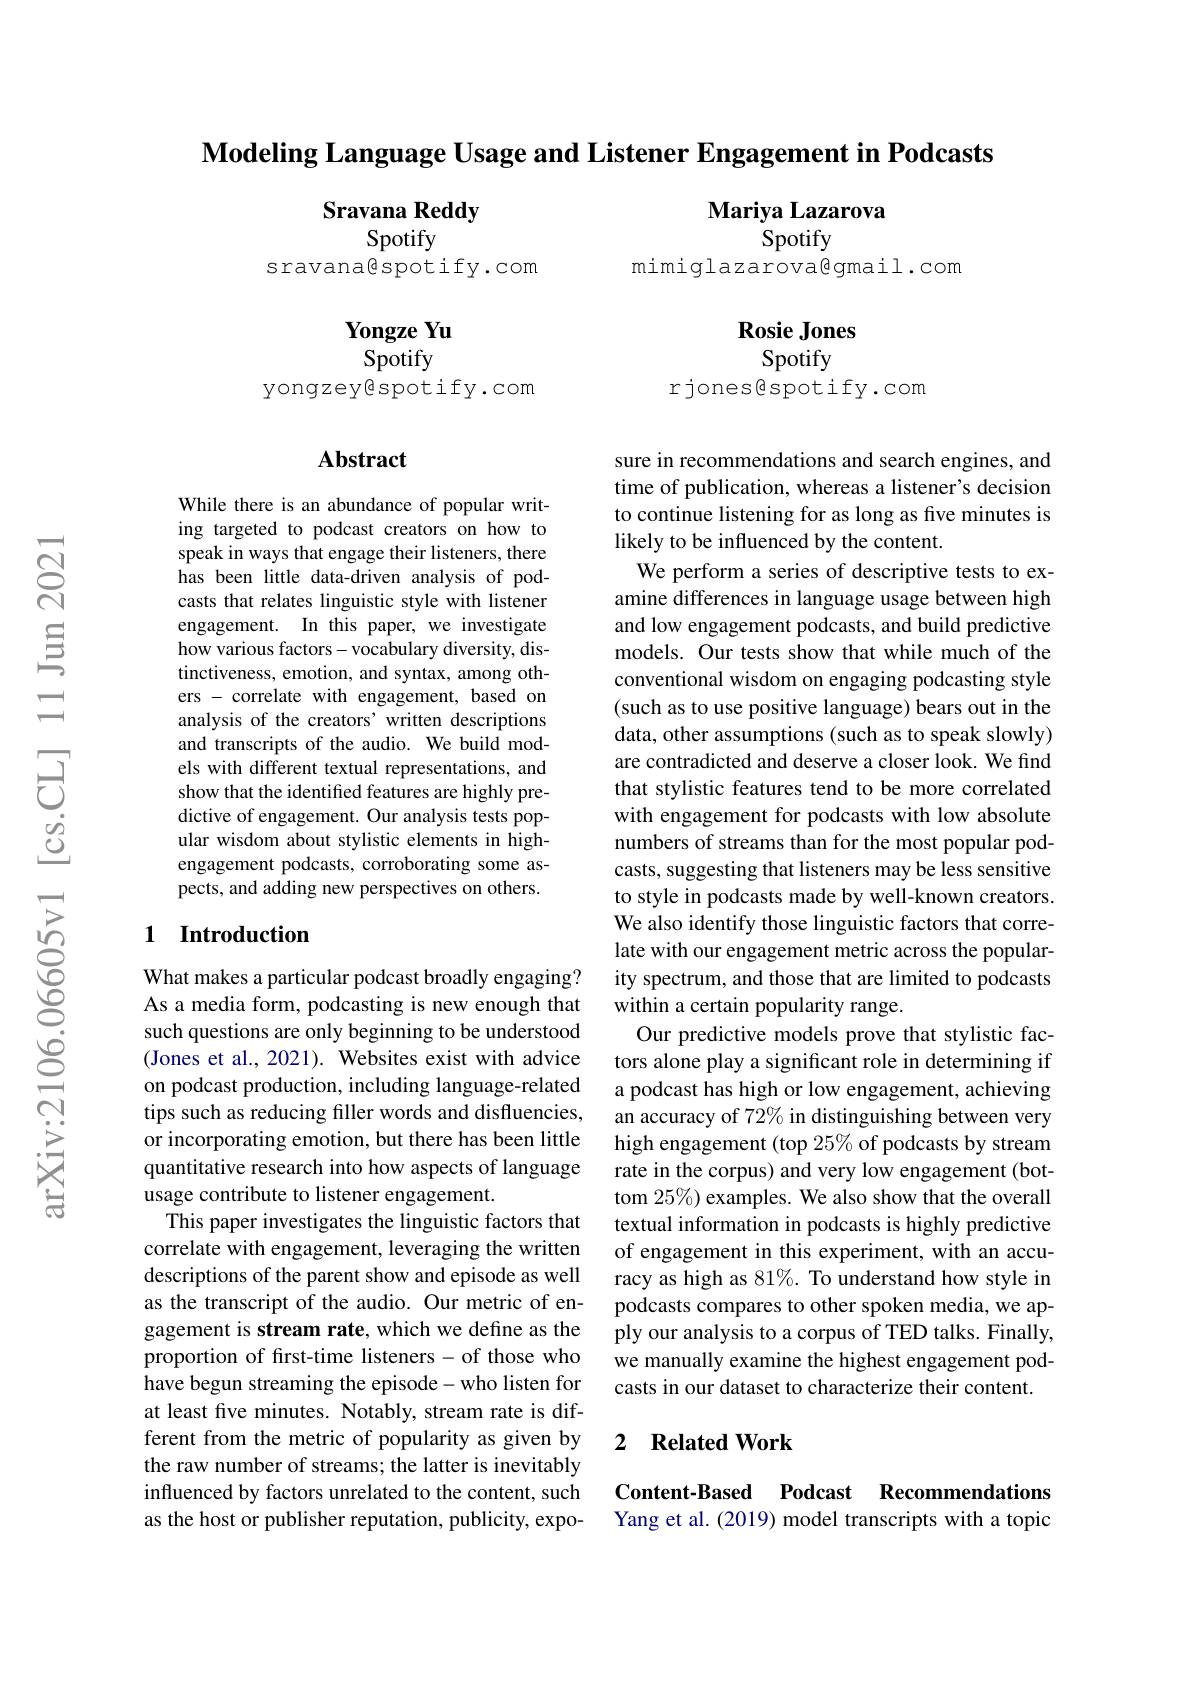
$\textbf{Modeling Language Usage and Listener Engagement in Podcasts}$

Sravana Reddy

Mariya Lazarova
Spotify

Spotify
sravana@spotify.com

mimiglazarova@gmail.com

$\textbf{Rosie Jones}$

Yongze Yu Spotify
yongzeyêspotify.com

Spotify
rjones@spotify.com

### $\mathbf{Abstract}$

While there is an abundance of popular writing targeted to podcast creators on how to speak in ways that engage their listeners, there has been little data-driven analysis of podcasts that relates linguistic style with listener engagement. In this paper, we investigate how various factors-vocabulary diversity, distinctiveness, emotion, and syntax, among others - correlate with engagement, based on analysis of the creators' written descriptions and transcripts of the audio. We build models with different textual representations, and show that the identified features are highly predictive of engagement. Our analysis tests popular wisdom about stylistic elements in highengagement podcasts, corroborating some aspects, and adding new perspectives on others.

sure in recommendations and search engines, and time of publication, whereas a listener's decision to continue listening for as long as five minutes is likely to be influenced by the content.
We perform a series of descriptive tests to examine differences in language usage between high and low engagement podcasts, and build predictive models. Our tests show that while much of the conventional wisdom on engaging podcasting style (such as to use positive language) bears out in the data, other assumptions (such as to speak slowly) are contradicted and deserve a closer look. We find that stylistic features tend to be more correlated with engagement for podcasts with low absolute numbers of streams than for the most popular podcasts, suggesting that listeners may be less sensitive to style in podcasts made by well-known creators. We also identify those linguistic factors that correlate with our engagement metric across the popularity spectrum, and those that are limited to podcasts within a certain popularity range.
Our predictive models prove that stylistic factors alone play a significant role in determining if a podcast has high or low engagement, achieving an accuracy of 72% in distinguishing between very high engagement (top 25% of podcasts by stream rate in the corpus) and very low engagement (bottom 25%) examples. We also show that the overall textual information in podcasts is highly predictive of engagement in this experiment, with an accuracy as high as 81%. To understand how style in podcasts compares to other spoken media, we apply our analysis to a corpus of TED talks. Finally, we manually examine the highest engagement podcasts in our dataset to characterize their content.

### 1 Introduction

What makes a particular podcast broadly engaging? As a media form, podcasting is new enough that such questions are only beginning to be understood (Jones et al., 2021). Websites exist with advice on podcast production, including language-related tips such as reducing filler words and disfluencies, or incorporating emotion, but there has been little quantitative research into how aspects of language usage contribute to listener engagement.
This paper investigates the linguistic factors that correlate with engagement, leveraging the written descriptions of the parent show and episode as well as the transcript of the audio. Our metric of engagement is stream rate, which we define as the proportion of first-time listeners-of those who have begun streaming the episode- who listen for at least five minutes. Notably, stream rate is different from the metric of popularity as given by the raw number of streams; the latter is inevitably influenced by factors unrelated to the content, such as the host or publisher reputation, publicity, expo-

### 2 $\textbf{Related Work}$

Content-Based Podcast Recommendations Yang et al. (2019) model transcripts with a topic